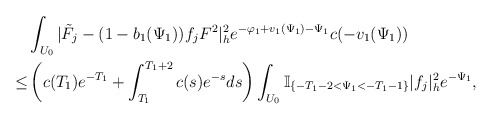
\begin{align*} & \int_{U_0}|\tilde{F}_j-(1-b_{1}(\Psi_1))f_jF^{2}|^2_he^{-\varphi_1+v_{1}(\Psi_1)-\Psi_1}c(-v_{1}(\Psi_1)) \\ \le & \left(c(T_1)e^{-T_1}+\int_{T_1}^{T_1+2}c(s)e^{-s}ds\right) \int_{U_0}\mathbb{I}_{\{-T_1-2<\Psi_1<-T_1-1\}}|f_j|^2_he^{-\Psi_1}, \end{align*}